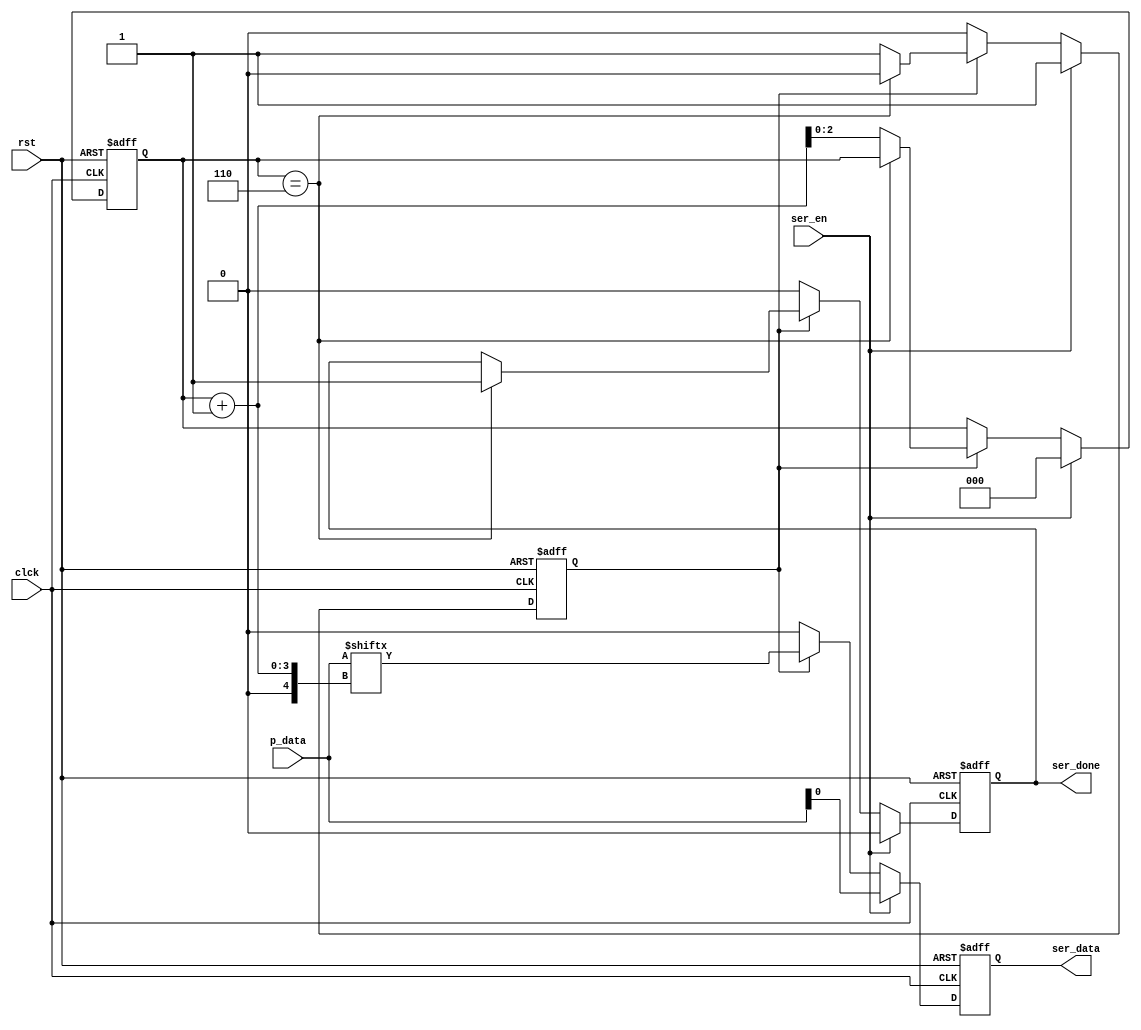
module serializer (rst,p_data,ser_en,clck,ser_done,ser_data  );
input [7:0] p_data;
input rst,ser_en,clck;

output reg ser_done,ser_data;
reg [2:0] i;
reg tmp;

always @(posedge clck or negedge rst)
begin
    if (rst==0)
    begin
        ser_data<=0;
        ser_done<=0;
        i<=0;
        tmp<=0;
    end
    else if (ser_en==1 )
    begin
        i<=0;
        tmp<=1;
        ser_done<=0;
        ser_data<=p_data[0];
    end
    else if (tmp==1)
    begin
        ser_data<=p_data[i+1];
        if (i==6)
        begin
            ser_done<=1;
            tmp<=0;
        end
        else 
        begin
            i<=i+1;
        end
    end 
    else
    begin 
        ser_data<=0;
        ser_done<=0;
        tmp<=0;
    end
end
endmodule